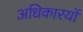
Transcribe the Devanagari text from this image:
अधिकारयों